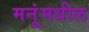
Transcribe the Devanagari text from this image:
मनूंमधील